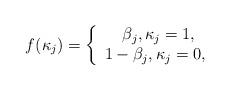
LaTeX: \begin{align*}f(\kappa _j) = \left\{ {\begin{array}{*{20}{c}}{\,\;\beta_j,{\kappa_j} = 1,}\\{1 - {\beta_j},{\kappa_j} = 0,}\end{array}} \right.\end{align*}